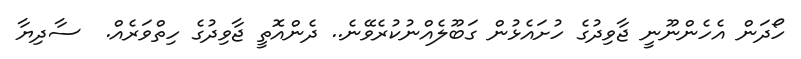
ހޯދަން އެހެންނޫނީ ޖާވިދުގެ ހުށައެޅުން ގަބޫލެއްނުކުރެވޭނެ.. ދެންއޮތީ ޖާވިދުގެ ހިތްވަރެއް.  ސާދިޔާ